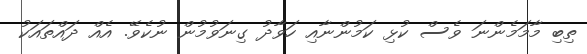
ތިބި މާމަމެންނަ ވެސް ކުޅި ކަމުންނާއި ހަވާދު ގިނަވުމުން ނުކެވޭ. އެއް ދައްތައަކު